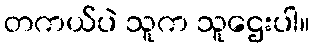
တကယ်ပဲ သူက သူဌေးပါ။